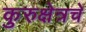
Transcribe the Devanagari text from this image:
कुरुक्षेत्रचे